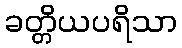
ခတ္တိယပရိသာ